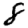
Digit: 8